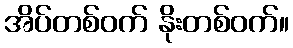
အိပ်တစ်ဝက် နိုးတစ်ဝက်။